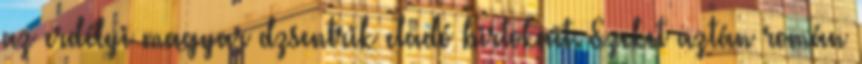
az erdélyi magyar dzsentrik eladó birtokait. Ezeket aztán román